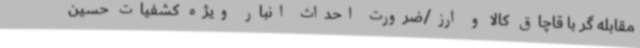
مقابله گر با قاچاق کالا و ارز/ضرورت احداث انبار ویژه کشفیات حسین